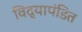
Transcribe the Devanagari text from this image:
विद्यापंडित